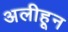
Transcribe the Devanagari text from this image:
अलीहून